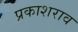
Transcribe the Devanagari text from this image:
प्रकाशराव